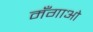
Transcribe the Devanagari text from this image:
मँगाओ